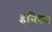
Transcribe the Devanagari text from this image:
हनिस्च